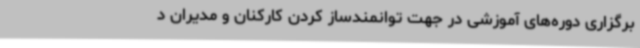
برگزاری دوره‌های آموزشی در جهت توانمندساز کردن کارکنان و مدیران د